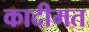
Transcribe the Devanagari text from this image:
कादीमत